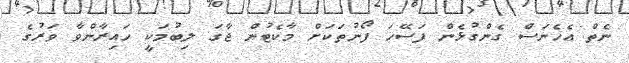
ނެތް އެހެނަސް ގެންގުޅެން ފަސޭހަ ފޯނުތަކަށް މާކެޓުން ޖާގަ ލިބުމަކީ ހައިރާންވާ ވަރުގެ